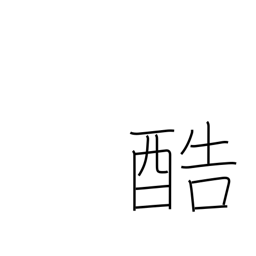
Meaning: severe